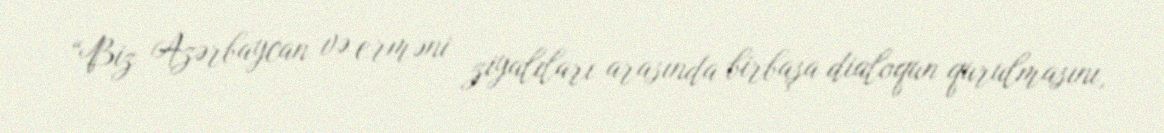
“Biz Azərbaycan və erməni ziyalıları arasında birbaşa dialoqun qurulmasını,